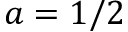
a = 1 / 2